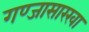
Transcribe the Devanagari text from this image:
गण्जासारखा